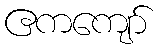
ဧကကျော်